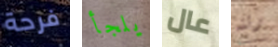
فرحة يلجأ عال رئته